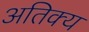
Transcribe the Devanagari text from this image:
अतिक्य